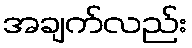
အချက်လည်း